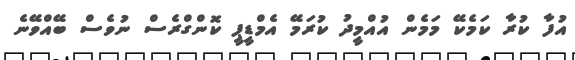
އުފާ ކުރާ ކަމެކޭ މަމެން އުއްމީދު ކުރަމޭ އެމްޑީޕީ ކޮންގްރެސް ނުވެސް ބޭއްވޭނެ